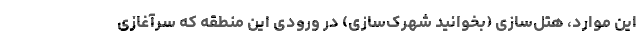
این موارد، هتل‌سازی (بخوانید شهرک‌سازی) در ورودی این منطقه که سرآغازی